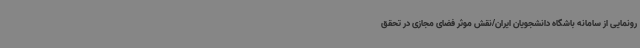
رونمایی از سامانه باشگاه دانشجویان ایران/نقش موثر فضای مجازی در تحقق